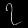
Digit: ၇